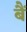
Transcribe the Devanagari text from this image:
बैं